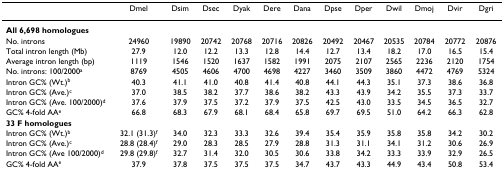
<table><thead><tr><td></td><td><b>Dmel</b></td><td><b>Dsim</b></td><td><b>Dsec</b></td><td><b>Dyak</b></td><td><b>Dere</b></td><td><b>Dana</b></td><td><b>Dpse</b></td><td><b>Dper</b></td><td><b>Dwil</b></td><td><b>Dmoj</b></td><td><b>Dvir</b></td><td><b>Dgri</b></td></tr></thead><tbody><tr><td><b>All 6,698 homologues</b></td><td></td><td></td><td></td><td></td><td></td><td></td><td></td><td></td><td></td><td></td><td></td><td></td></tr><tr><td>No. introns</td><td>24960</td><td>19890</td><td>20742</td><td>20768</td><td>20716</td><td>20826</td><td>20492</td><td>20467</td><td>20535</td><td>20784</td><td>20772</td><td>20876</td></tr><tr><td>Total intron length (Mb)</td><td>27.9</td><td>12.0</td><td>12.2</td><td>13.3</td><td>12.8</td><td>14.4</td><td>12.7</td><td>13.4</td><td>18.2</td><td>17.0</td><td>16.5</td><td>15.4</td></tr><tr><td>Average intron length (bp)</td><td>1119</td><td>1546</td><td>1520</td><td>1637</td><td>1582</td><td>1991</td><td>2075</td><td>2107</td><td>2565</td><td>2236</td><td>2120</td><td>1754</td></tr><tr><td>No. introns: 100/2000<sup>a</sup></td><td>8769</td><td>4505</td><td>4606</td><td>4700</td><td>4698</td><td>4227</td><td>3460</td><td>3509</td><td>3860</td><td>4472</td><td>4769</td><td>5324</td></tr><tr><td>Intron GC% (Wt.)<sup>b</sup></td><td>40.3</td><td>41.1</td><td>41.0</td><td>40.8</td><td>41.4</td><td>40.8</td><td>44.1</td><td>44.3</td><td>35.1</td><td>37.3</td><td>38.6</td><td>36.8</td></tr><tr><td>Intron GC% (Ave.)<sup>c</sup></td><td>37.0</td><td>38.5</td><td>38.2</td><td>37.7</td><td>38.6</td><td>38.2</td><td>43.3</td><td>43.9</td><td>34.2</td><td>35.5</td><td>37.3</td><td>33.7</td></tr><tr><td>Intron GC% (Ave. 100/2000)<sup>d</sup></td><td>37.6</td><td>37.9</td><td>37.5</td><td>37.2</td><td>37.9</td><td>37.5</td><td>42.5</td><td>43.0</td><td>33.5</td><td>34.5</td><td>36.5</td><td>32.7</td></tr><tr><td>GC% 4-fold AA<sup>e</sup></td><td>66.8</td><td>68.3</td><td>67.9</td><td>68.1</td><td>68.4</td><td>65.8</td><td>69.7</td><td>69.5</td><td>51.0</td><td>64.2</td><td>66.3</td><td>62.8</td></tr><tr><td><b>33 F homologues</b></td><td></td><td></td><td></td><td></td><td></td><td></td><td></td><td></td><td></td><td></td><td></td><td></td></tr><tr><td>Intron GC% (Wt.)<sup>b</sup></td><td>32.1 (31.3)<sup>f</sup></td><td>34.0</td><td>32.3</td><td>33.3</td><td>32.6</td><td>39.4</td><td>35.4</td><td>35.9</td><td>35.8</td><td>35.8</td><td>34.2</td><td>30.2</td></tr><tr><td>Intron GC% (Ave.)<sup>c</sup></td><td>28.8 (28.4)<sup>f</sup></td><td>29.0</td><td>28.3</td><td>28.5</td><td>27.9</td><td>28.8</td><td>31.3</td><td>31.1</td><td>34.1</td><td>31.2</td><td>30.6</td><td>26.9</td></tr><tr><td>Intron GC% (Ave 100/2000)<sup>d</sup></td><td>29.8 (29.8)<sup>f</sup></td><td>32.7</td><td>31.4</td><td>32.0</td><td>30.5</td><td>30.6</td><td>33.8</td><td>34.2</td><td>33.3</td><td>33.9</td><td>32.9</td><td>26.5</td></tr><tr><td>GC% 4-fold AA<sup>e</sup></td><td>37.9</td><td>37.8</td><td>37.5</td><td>37.5</td><td>37.5</td><td>34.7</td><td>43.7</td><td>43.3</td><td>44.9</td><td>43.4</td><td>50.8</td><td>53.4</td></tr></tbody></table>